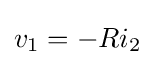
v_{1}=-Ri_{2}